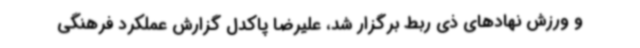
و ورزش نهادهای ذی ربط برگزار شد، علیرضا پاکدل گزارش عملکرد فرهنگی